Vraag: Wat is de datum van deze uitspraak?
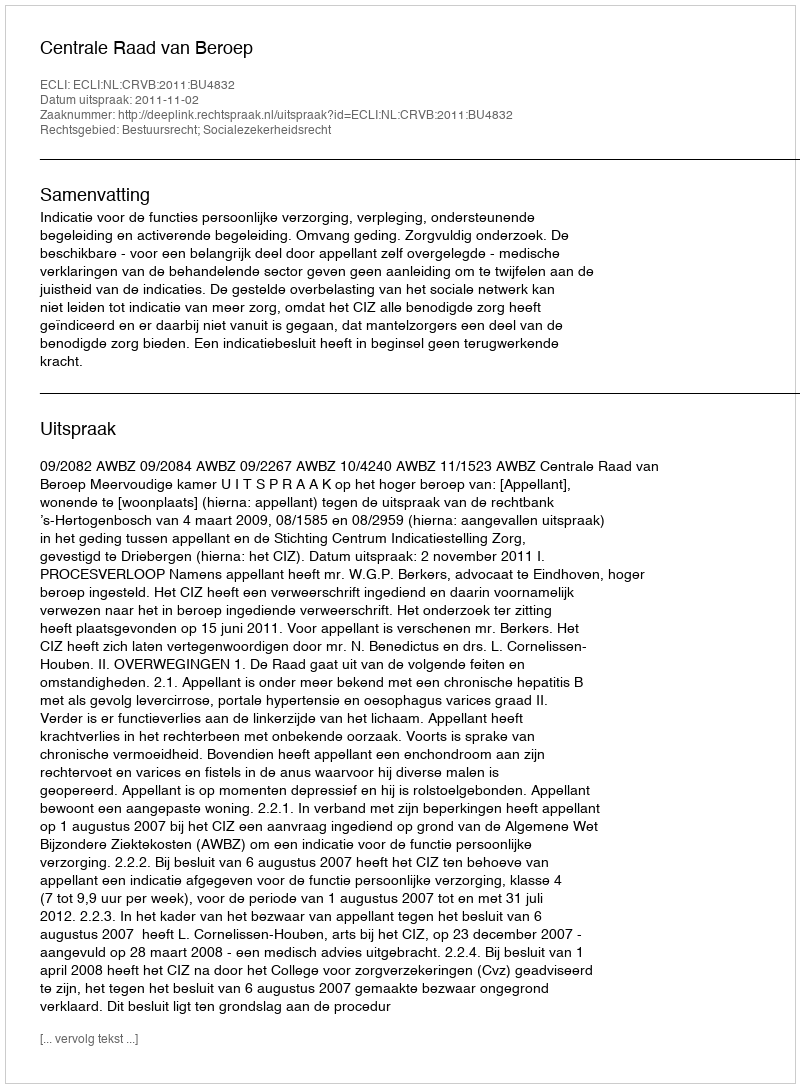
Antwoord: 2011-11-02